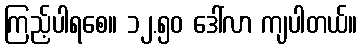
ကြည့်ပါရစေ။ ၁၂.၅၀ ဒေါ်လာ ကျပါတယ်။